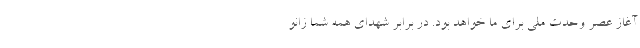
آغاز عصر وحدت ملی برای ما خواهد بود. در برابر شهدای همه شما زانو